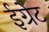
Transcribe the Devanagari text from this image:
ईग्रेट